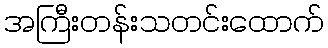
အကြီးတန်းသတင်းထောက်